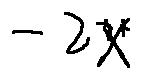
- 2 x